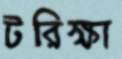
টরিক্ষা